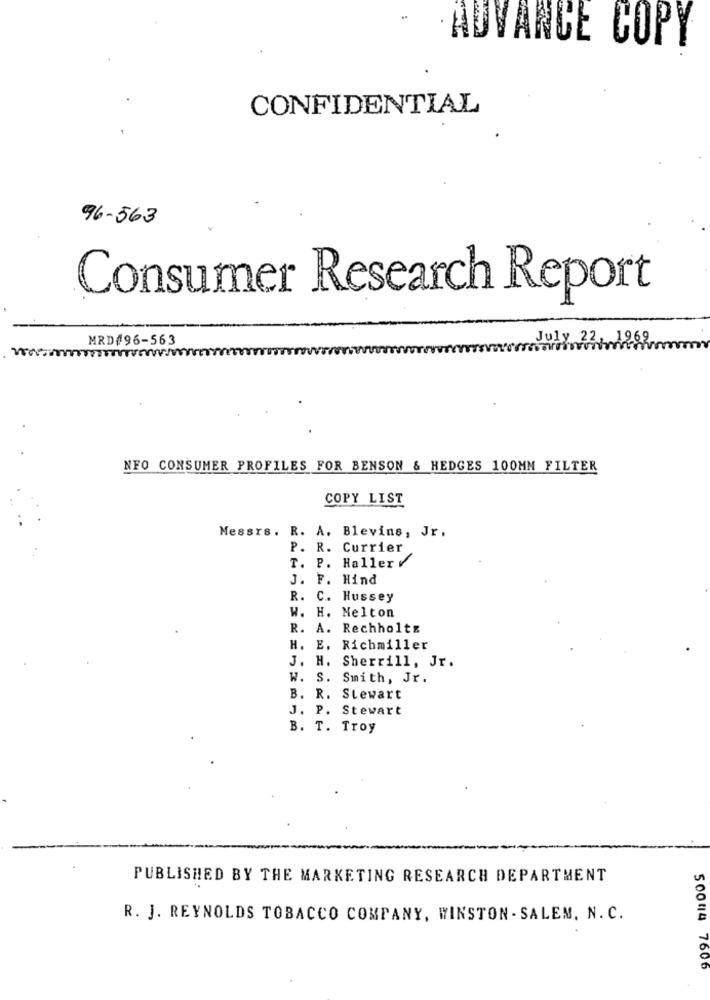
ADVANCE COPY
CONFIDENTIAL
96-563
Consumer Research Report
MRD#96-563
July 22, 1969
NFO CONSUMER PROFILES FOR BENSON & HEDGES 100MM FILTER
COPY LIST
Messrs. R. A. Blevins, Jr.
P. R. Currier
T. P. Haller V
J. F. Hind
R. C. Hussey
W. H. Melton
R. A. Rechholtz
H. E. Richmiller
J. H. Sherrill, Jr.
W. S. Smith, Jr.
B. R. Stewart
J. P. Stewart
B. T. Troy
PUBLISHED BY THE MARKETING RESEARCH DEPARTMENT
R. J. REYNOLDS TOBACCO COMPANY, WINSTON - SALEM, N. C.
500014 7606